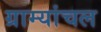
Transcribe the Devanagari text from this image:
ग्राम्यांचल